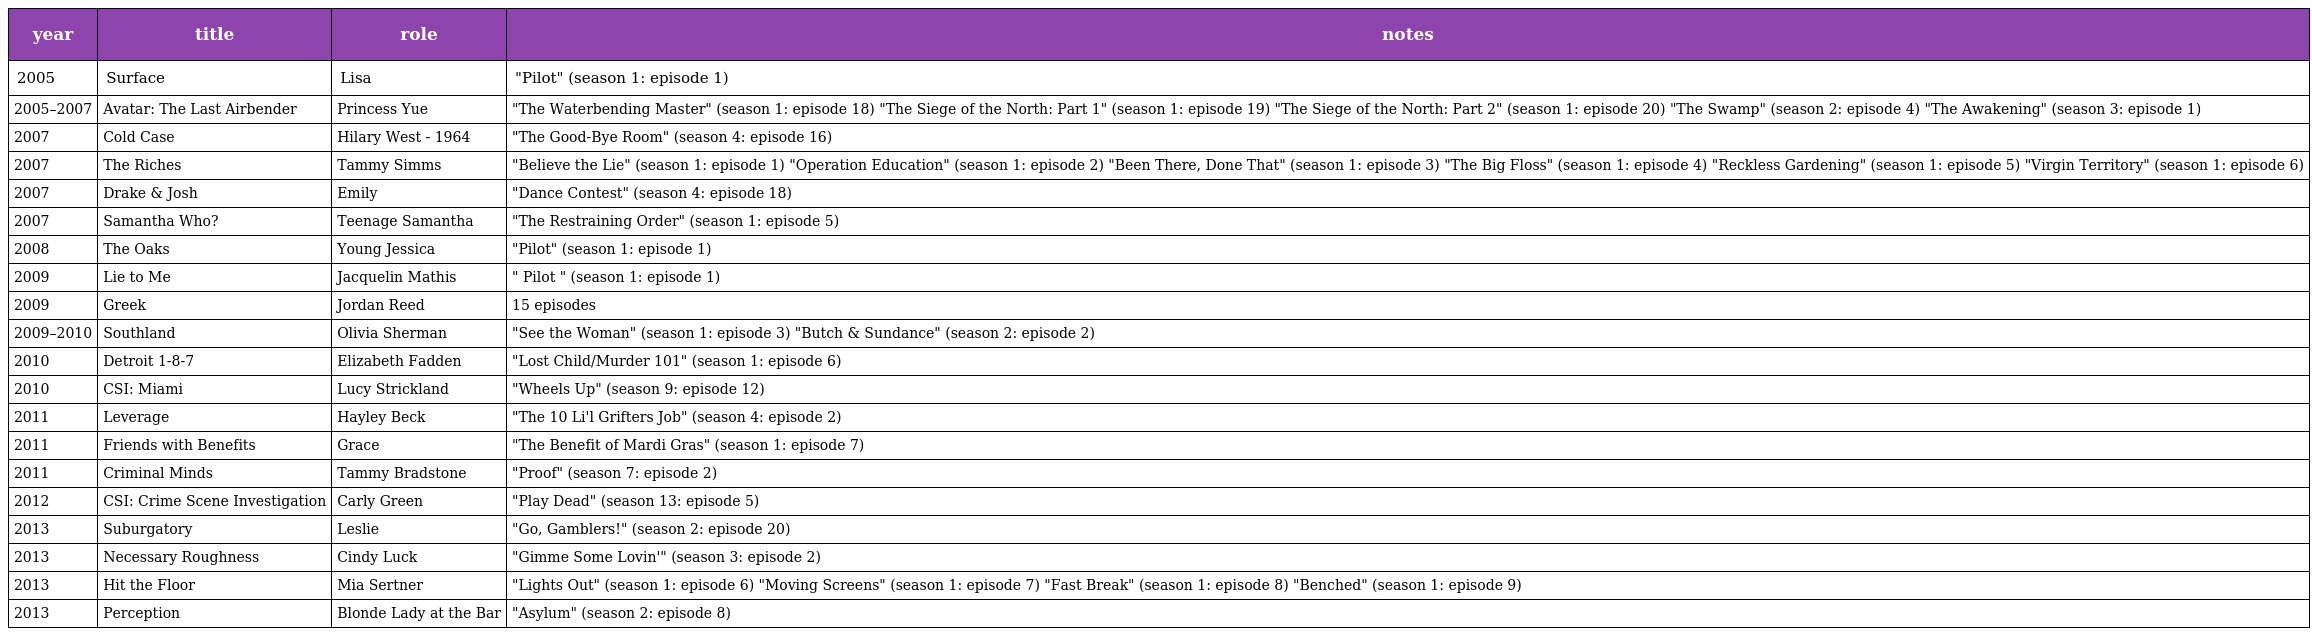
| year | title | role | notes |
 | --- | --- | --- | --- |
 | 2005 | Surface | Lisa | "Pilot" (season 1: episode 1) |
 | 2005–2007 | Avatar: The Last Airbender | Princess Yue | "The Waterbending Master" (season 1: episode 18) "The Siege of the North: Part 1" (season 1: episode 19) "The Siege of the North: Part 2" (season 1: episode 20) "The Swamp" (season 2: episode 4) "The Awakening" (season 3: episode 1) |
 | 2007 | Cold Case | Hilary West - 1964 | "The Good-Bye Room" (season 4: episode 16) |
 | 2007 | The Riches | Tammy Simms | "Believe the Lie" (season 1: episode 1) "Operation Education" (season 1: episode 2) "Been There, Done That" (season 1: episode 3) "The Big Floss" (season 1: episode 4) "Reckless Gardening" (season 1: episode 5) "Virgin Territory" (season 1: episode 6) |
 | 2007 | Drake & Josh | Emily | "Dance Contest" (season 4: episode 18) |
 | 2007 | Samantha Who? | Teenage Samantha | "The Restraining Order" (season 1: episode 5) |
 | 2008 | The Oaks | Young Jessica | "Pilot" (season 1: episode 1) |
 | 2009 | Lie to Me | Jacquelin Mathis | " Pilot " (season 1: episode 1) |
 | 2009 | Greek | Jordan Reed | 15 episodes |
 | 2009–2010 | Southland | Olivia Sherman | "See the Woman" (season 1: episode 3) "Butch & Sundance" (season 2: episode 2) |
 | 2010 | Detroit 1-8-7 | Elizabeth Fadden | "Lost Child/Murder 101" (season 1: episode 6) |
 | 2010 | CSI: Miami | Lucy Strickland | "Wheels Up" (season 9: episode 12) |
 | 2011 | Leverage | Hayley Beck | "The 10 Li'l Grifters Job" (season 4: episode 2) |
 | 2011 | Friends with Benefits | Grace | "The Benefit of Mardi Gras" (season 1: episode 7) |
 | 2011 | Criminal Minds | Tammy Bradstone | "Proof" (season 7: episode 2) |
 | 2012 | CSI: Crime Scene Investigation | Carly Green | "Play Dead" (season 13: episode 5) |
 | 2013 | Suburgatory | Leslie | "Go, Gamblers!" (season 2: episode 20) |
 | 2013 | Necessary Roughness | Cindy Luck | "Gimme Some Lovin'" (season 3: episode 2) |
 | 2013 | Hit the Floor | Mia Sertner | "Lights Out" (season 1: episode 6) "Moving Screens" (season 1: episode 7) "Fast Break" (season 1: episode 8) "Benched" (season 1: episode 9) |
 | 2013 | Perception | Blonde Lady at the Bar | "Asylum" (season 2: episode 8) |